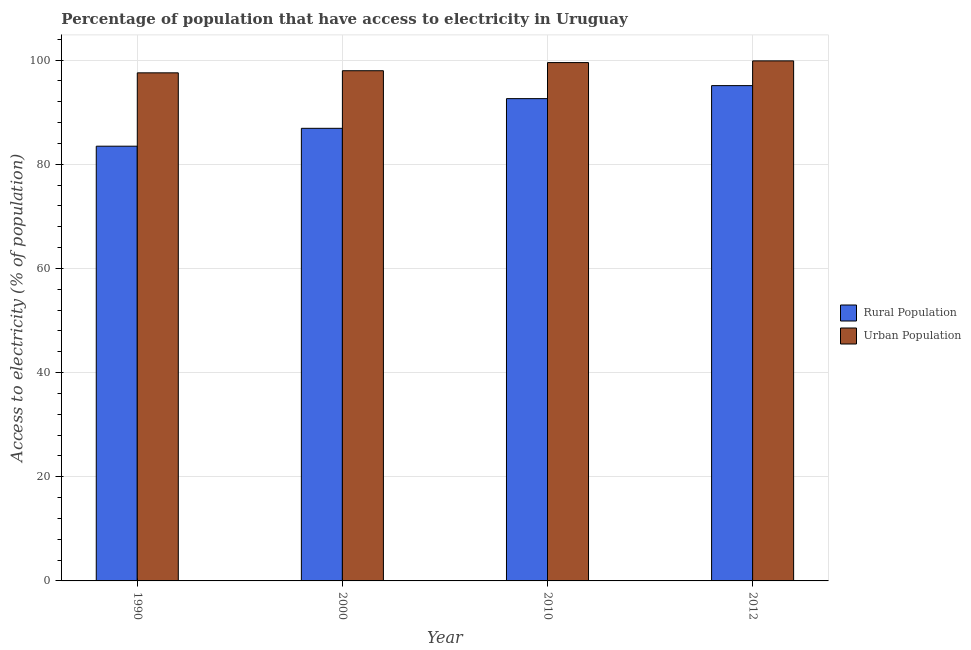
| Year | Rural Population | Urban Population |
 | --- | --- | --- |
 | 1990 | 83.5 | 97.6 |
 | 2000 | 86.9 | 98 |
 | 2010 | 92.6 | 99.5 |
 | 2012 | 95.1 | 99.8 |